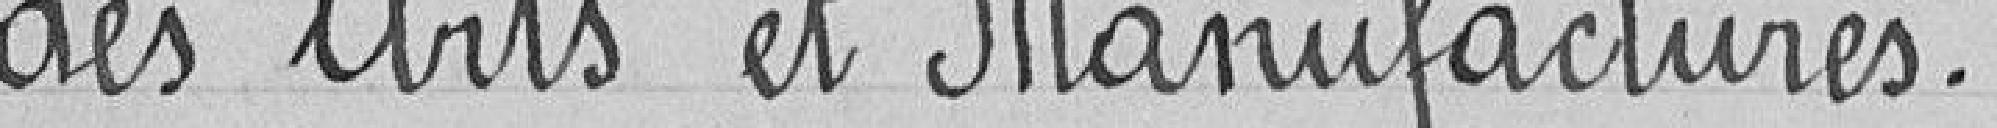
des Ars et Manufactures.